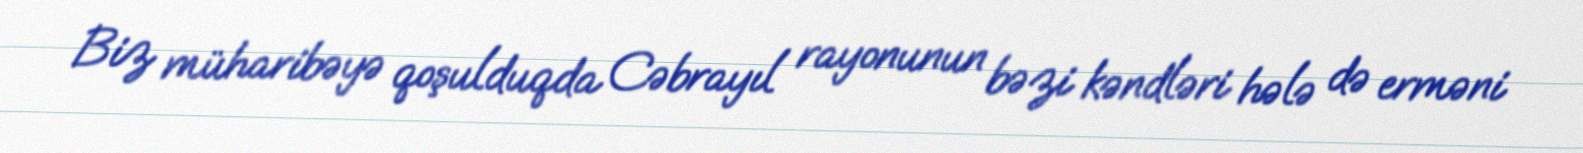
Biz müharibəyə qoşulduqda Cəbrayıl rayonunun bəzi kəndləri hələ də erməni